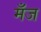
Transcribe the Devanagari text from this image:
मँज